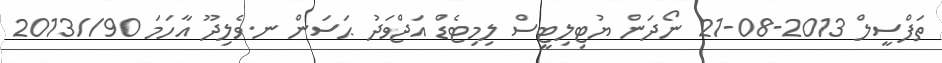
ތަފްސީލް 2013-08-21 ނޯދަން ޔުޓިލިޓީސް ލިމިޓެޑް އަޖްވަދު ޙަސަން ނ.ވެލިދޫ އާހަމަ 90//2013